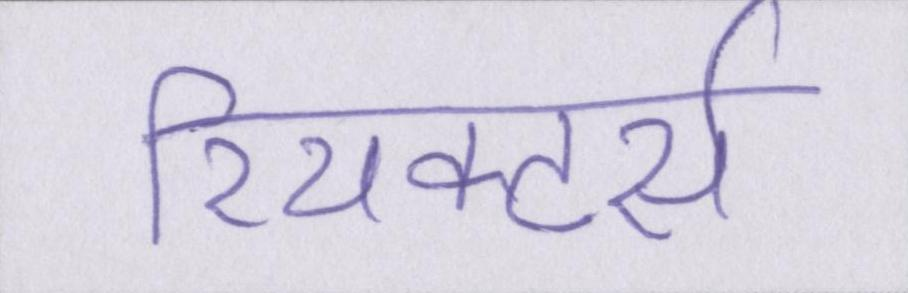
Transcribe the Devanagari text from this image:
रियक्टर्स